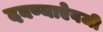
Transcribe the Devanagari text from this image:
दबण्याऐवजी